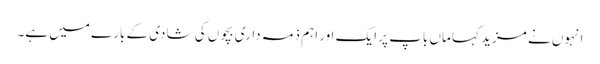
انہوں نے مزید کہا ماں باپ پر ایک اور اہم ذمہ داری بچوں کی شادی کے بارے میں ہے۔